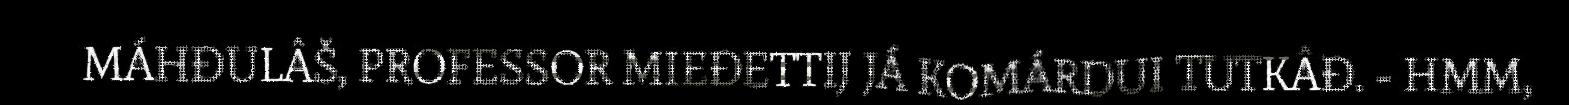
MÁHĐULÂŠ, PROFESSOR MIEĐETTIJ JÁ KOMÁRDUI TUTKÂĐ. - HMM,